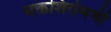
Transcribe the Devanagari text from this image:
भक्तशिरोमणी